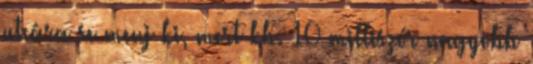
utcára se menj ki, mert kb. 10 milliszór nagyobb